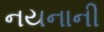
નયનાની